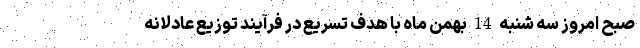
صبح امروز سه شنبه 14 بهمن ماه با هدف تسریع در فرآیند توزیع عادلانه